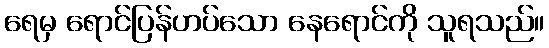
ရေမှ ရောင်ပြန်ဟပ်သော နေရောင်ကို သူရသည်။